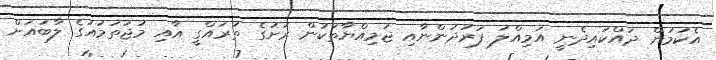
އެކަމުން ދައްކައިދެނީ އަމިއްލަ ފަރުދުންނާއި ޖަމިއްޔާތަކުން ރަށުގެ ތަރައްގީ އާއި މުޖުތަމައުގެ ލާބައަށް